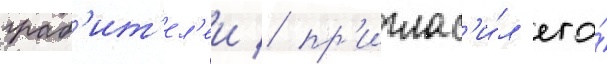
граб'ит'ел'еи / пр'иглас'и́л его́